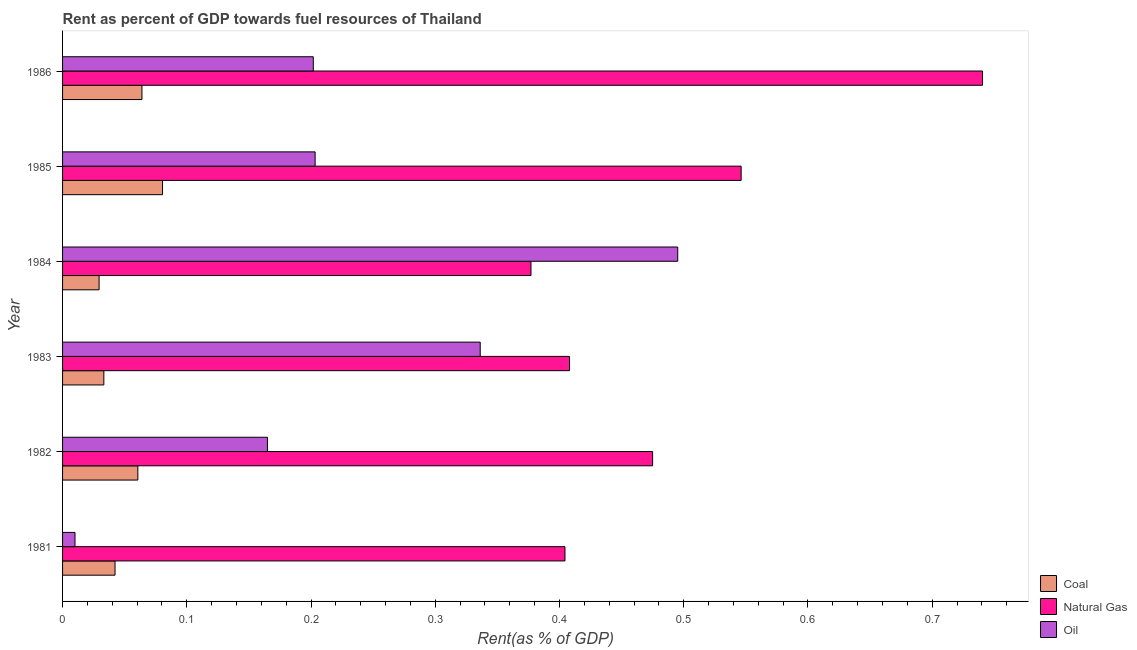
| Year | Coal | Natural Gas | Oil |
 | --- | --- | --- | --- |
 | 1981 | 0.0422 | 0.404 | 0.01 |
 | 1982 | 0.0606 | 0.475 | 0.165 |
 | 1983 | 0.0332 | 0.408 | 0.336 |
 | 1984 | 0.0294 | 0.377 | 0.495 |
 | 1985 | 0.0805 | 0.546 | 0.203 |
 | 1986 | 0.0639 | 0.741 | 0.202 |